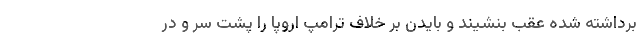
برداشته شده عقب بنشیند و بایدن بر خلاف ترامپ اروپا را پشت سر و در